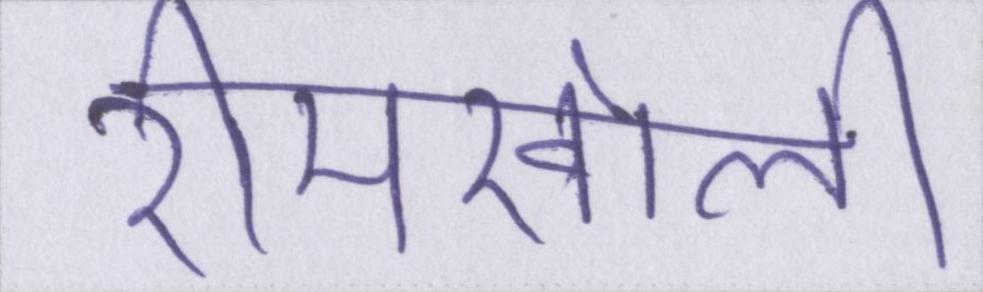
रीमखोली